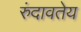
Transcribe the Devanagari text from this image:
रुंदावतेय